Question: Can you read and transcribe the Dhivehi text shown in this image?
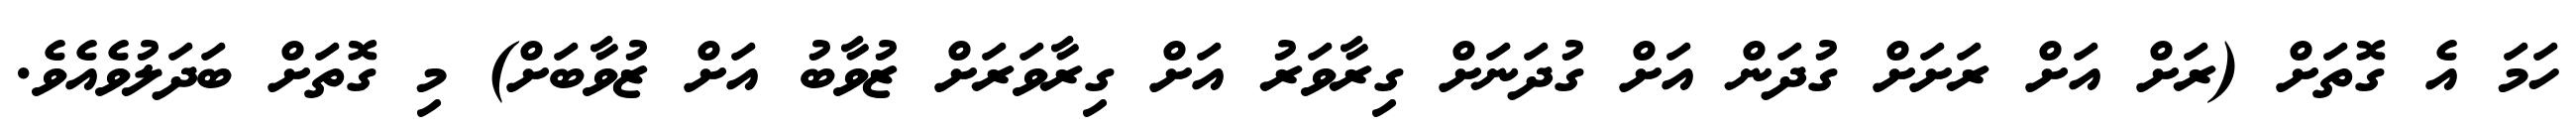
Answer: ހަމަ އެ ގޮތަށް (ރަށް އަށް ރަށަށް ގުދަން އަށް ގުދަނަށް ގިރާވަރު އަށް ގިރާވަރަށް ޒުވާބު އަށް ޒުވާބަށް) މި ގޮތަށް ބަދަލުވެއެވެ.